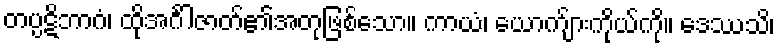
တပ္ပဋိဘာဂံ၊ ထိုအင်္ဂါဇာတ်၏အတုဖြစ်သော။ ကာယံ၊ ယောက်ျားကိုယ်ကို။ ဒေဿသိ၊